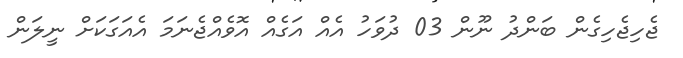
ޖެހިޖެހިގެން ބަންދު ނޫން 03 ދުވަހު އެއް އަގެއް އޮވެއްޖެނަމަ އެއަގަކަށް ނީލަން